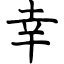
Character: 幸